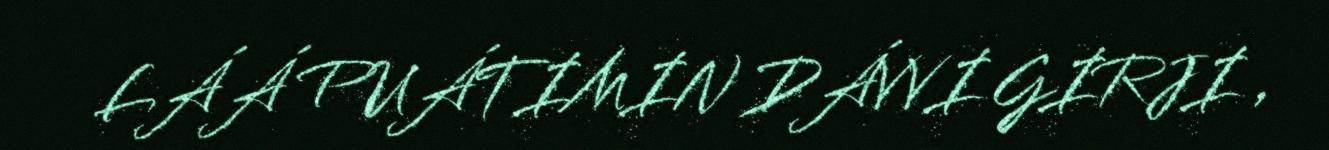
LÁÁ PUÁTIMIN DÁVVI GIRJI ,